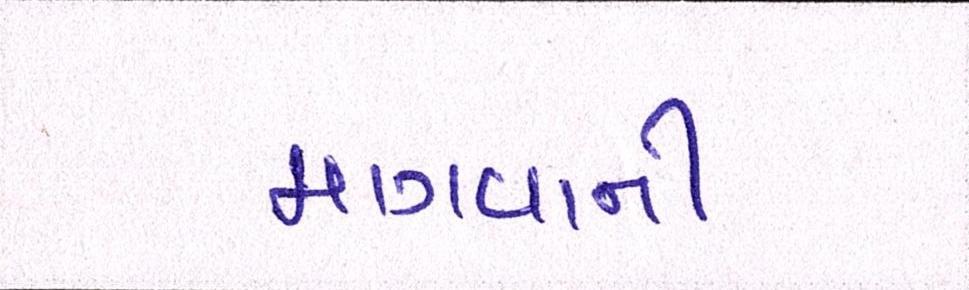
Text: માગવાની